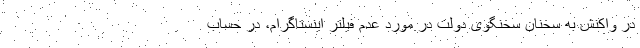
در واکنش به سخنان سخنگوی دولت در مورد عدم فیلتر اینستاگرام، در حساب